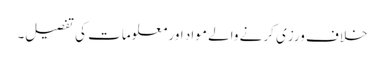
خلاف ورزی کرنے والے مواد اور معلومات کی تفصیل۔